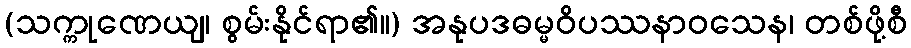
(သက္ကုဏေယျ၊ စွမ်းနိုင်ရာ၏။) အနုပဒဓမ္မဝိပဿနာဝသေန၊ တစ်ဖို့စီ